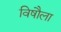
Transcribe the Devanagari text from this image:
विषौला